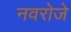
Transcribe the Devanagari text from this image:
नवरोजे